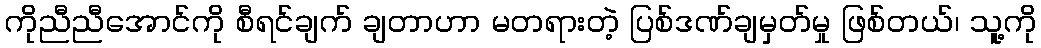
ကိုညီညီအောင်ကို စီရင်ချက် ချတာဟာ မတရားတဲ့ ပြစ်ဒဏ်ချမှတ်မှု ဖြစ်တယ်၊ သူ့ကို